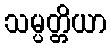
သမ္ပတ္တိယာ